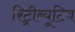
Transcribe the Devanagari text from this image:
रिट्रीब्यूटिव